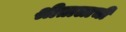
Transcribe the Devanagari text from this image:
श्रीतालाची